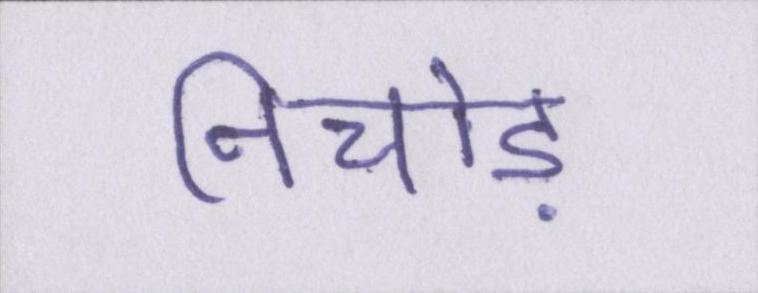
निचोड़